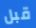
قبل